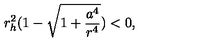
r _ { h } ^ { 2 } ( 1 - \sqrt { 1 + \frac { a ^ { 4 } } { r ^ { 4 } } } ) < 0 ,